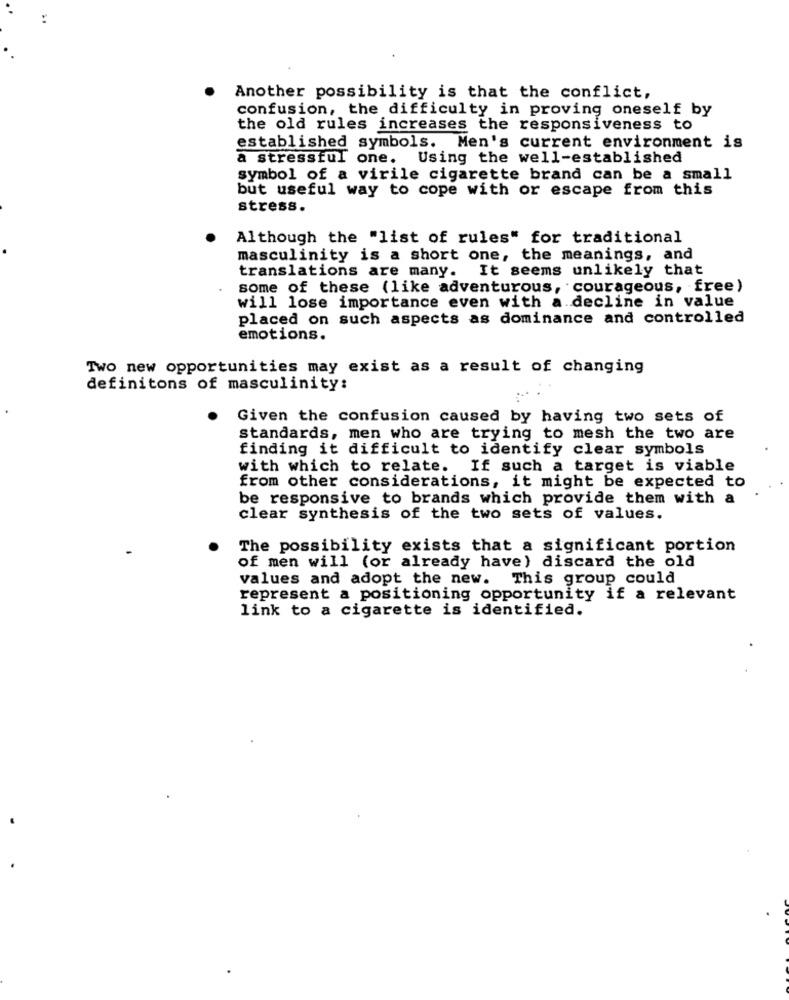
Another possibility is that the conflict,
confusion, the difficulty in proving oneself by
the old rules increases the responsiveness to
established symbols. Men's current environment is
a stressful one. Using the well-established
symbol of a virile cigarette brand can be a small
but useful way to cope with or escape from this
stress.
Although the "list of rules" for traditional
masculinity is a short one, the meanings, and
translations are many. It seems unlikely that
some of these (like adventurous, courageous, free)
will lose importance even with a decline in value
placed on such aspects as dominance and controlled
emotions.
Two new opportunities may exist as a result of changing
definitons of masculinity:
Given the confusion caused by having two sets of
standards, men who are trying to mesh the two are
finding it difficult to identify clear symbols
with which to relate. If such a target is viable
from other considerations, it might be expected to
be responsive to brands which provide them with a
clear synthesis of the two sets of values.
The possibility exists that a significant portion
of men will (or already have) discard the old
values and adopt the new. This group could
represent a positioning opportunity if a relevant
link to a cigarette is identified.